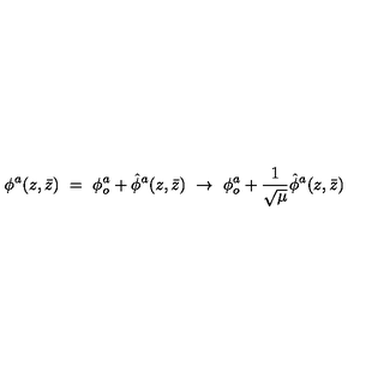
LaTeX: \phi ^ { a } ( z , \bar { z } ) \ = \ \phi _ { o } ^ { a } + { \hat { \phi } } ^ { a } ( z , \bar { z } ) \ \rightarrow \ \phi _ { o } ^ { a } + \frac { 1 } { \sqrt { \mu } } { \hat { \phi } } ^ { a } ( z , \bar { z } )